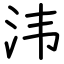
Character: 𣲗